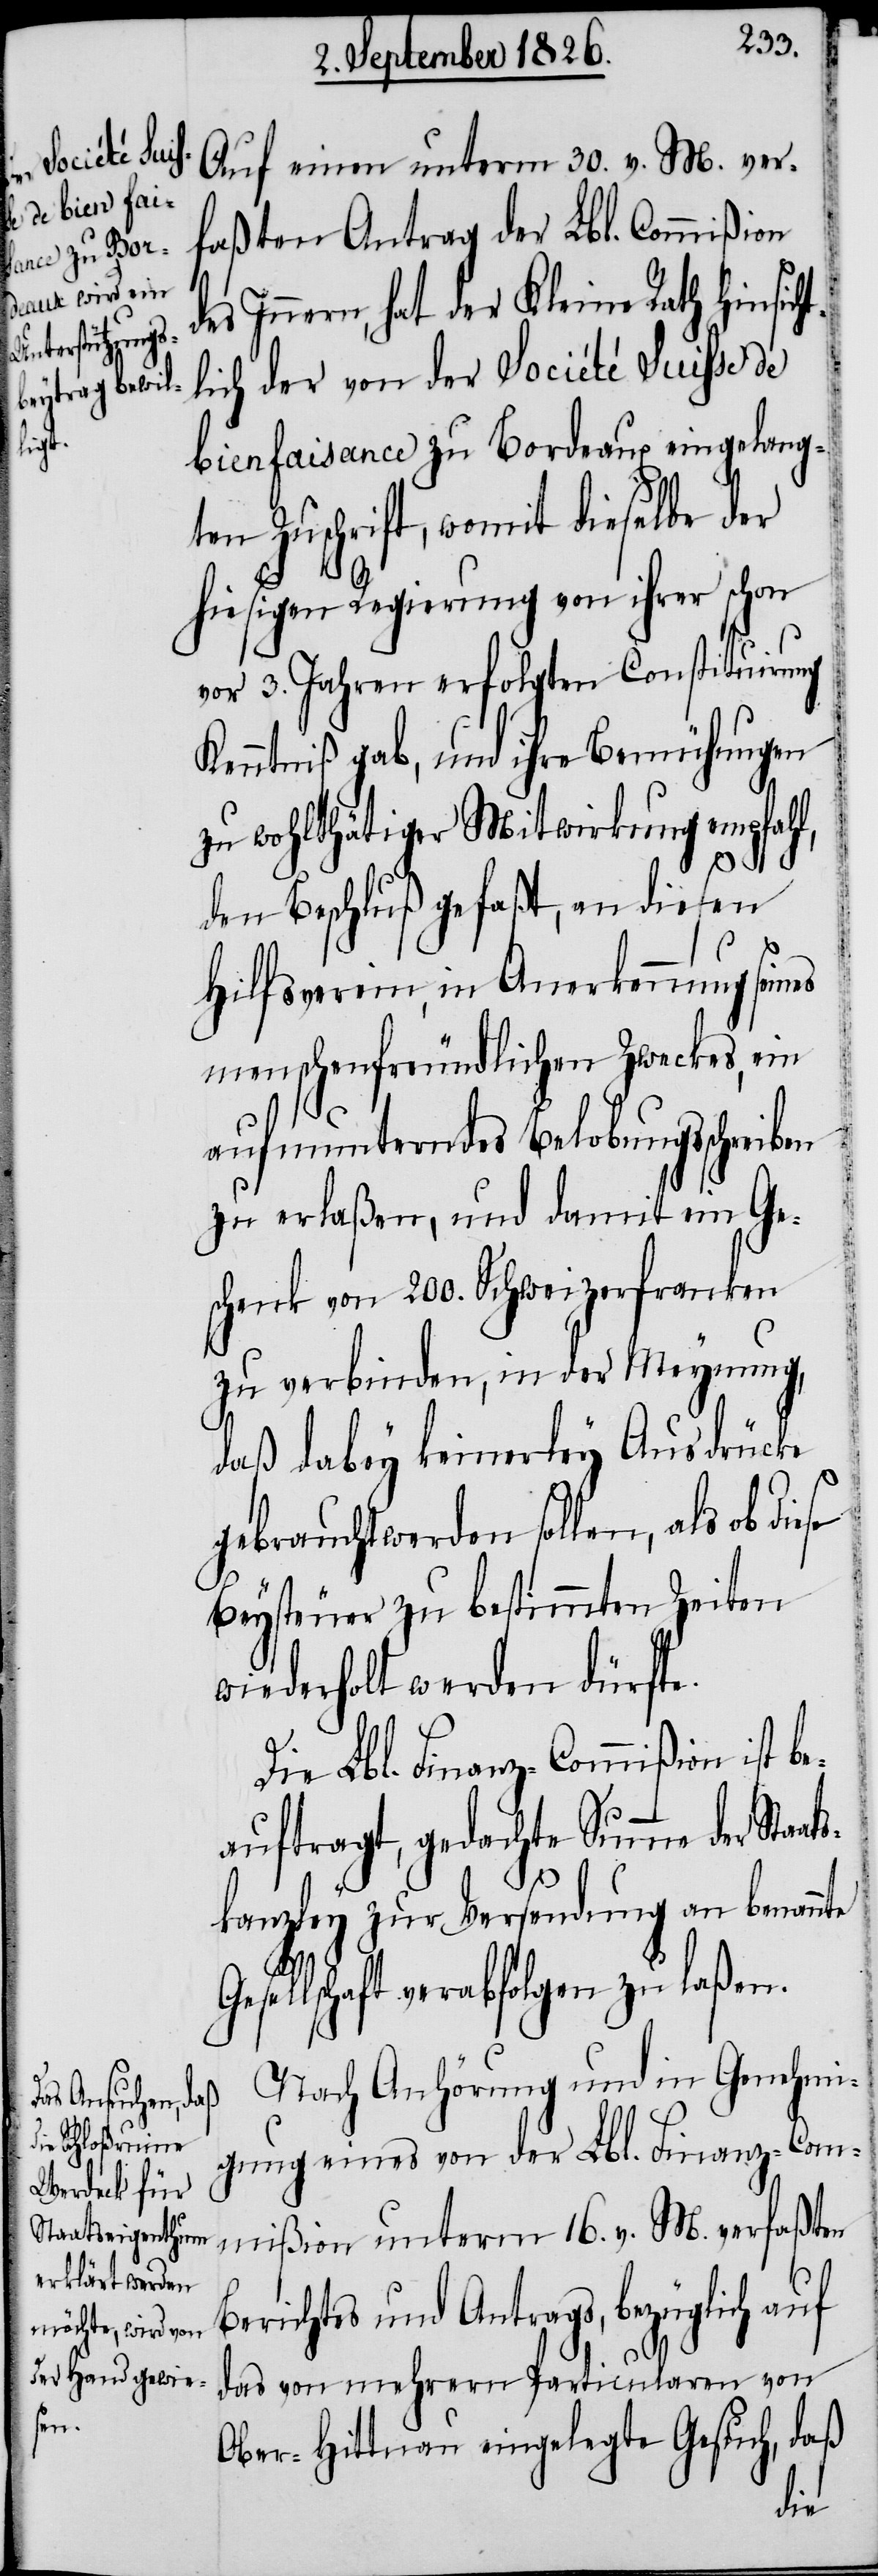
aats¬

Auf einen unterm 30. v. M. ver¬
faßten Antrag der Lbl. Commißion
des Innern, hat der Kleine Rath hinsich¬
tlich der von der Société Suisse de
bienfaisance zu Bordeaux eingelang¬
ten Zuschrift, womit dieselbe der
hiesigen Regierung von ihrer schon
vor 3. Jahren erfolgten Constituirung
Kenntniß gab, und ihre Bemühungen
zu wohlthätiger Mitwirkung empfahl,
den Beschluß gefaßt, an diesen
Hilfsverein, in Anerkennung seines
menschenfreundlichen Zweckes, ein
aufmunterndes Belobungsschreiben
zu erlaßen, und damit ein Ge¬
schenk von 20. Schweizerfranken
zu verbinden, in der Meynung,
daß dabey keinerley Ausdrücke
gebraucht werden sollen, als ob di¬
Beysteuer zu bestimmten Zeiten
wiederholt werden dürfte.
Die Lbl. Finanz-Commißion ist be¬
auftragt, gedachte Summe der St¬
kanzley zur Versendung an benannte
sellschaft verabfolgen zu laßen.
Nach Anhörung und in Genehmi¬
gung eines von der Lbl. Finanz-Com¬
mißion unterm 16. v. M. verfaßten
Berichtes und Antrags, bezüglich auf
das von mehrern Particularen von
Ober-Hittnau eingelegte Gesuch, daß
Ge¬